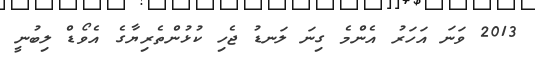
2013 ވަނަ އަހަރު އެންމެ ގިނަ ލަނޑު ޖެހި ކުޅުންތެރިޔާގެ އެވޯޑް ލިބުނީ